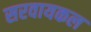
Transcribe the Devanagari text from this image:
सरवायकल